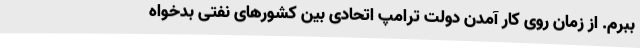
ببرم. از زمان روی کار آمدن دولت ترامپ اتحادی بین کشورهای نفتی بدخواه